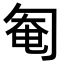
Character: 匎